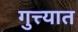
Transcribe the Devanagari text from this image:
गुत्त्यात